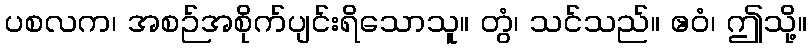
ပစလက၊ အစဉ်အစိုက်ပျင်းရိသောသူ။ တွံ၊ သင်သည်။ ဧဝံ၊ ဤသို့။